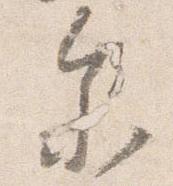
参